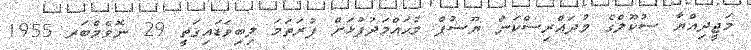
މަޖީދިއްޔާ ސުކޫލްގެ މުދައްރިސްކަން ޔޫސުފް މުޙައްމަދުފުޅަށް ފުރަތަމަ ލިބިވަޑައިގަތީ 29 ނޮވެމްބަރ 1955